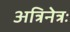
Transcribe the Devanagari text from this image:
अत्रिनेत्रः